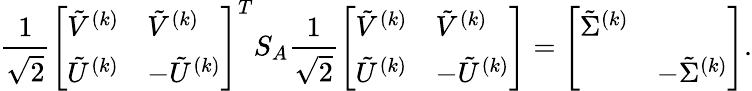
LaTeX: \frac{1}{\sqrt{2}}\left[\begin{array}{ll}{\tilde{V}^{(k)}}&{\tilde{V}^{(k)}}\\ {\tilde{U}^{(k)}}&{-\tilde{U}^{(k)}}\end{array}\right]^{T}S_{A}\frac{1}{\sqrt{2}}\left[\begin{array}{ll}{\tilde{V}^{(k)}}&{\tilde{V}^{(k)}}\\ {\tilde{U}^{(k)}}&{-\tilde{U}^{(k)}}\end{array}\right]=\left[\begin{array}{ll}{\tilde{\Sigma}^{(k)}}&\\ &{-\tilde{\Sigma}^{(k)}}\end{array}\right].